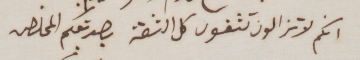
انكم لا تزالون تثقون كل الثقة بصديقكم المخلص